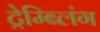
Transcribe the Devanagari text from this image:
ट्रेम्ब्लिंग